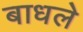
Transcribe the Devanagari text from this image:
बाधले